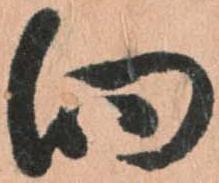
向